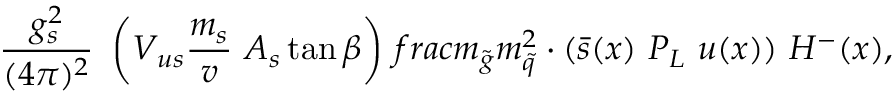
\frac { g _ { s } ^ { 2 } } { ( 4 \pi ) ^ { 2 } } \ \left( V _ { u s } \frac { m _ { s } } { v } \ A _ { s } \tan \beta \right) \, f r a c { m _ { \tilde { g } } } { m _ { \tilde { q } } ^ { 2 } } \cdot ( \bar { s } ( x ) \ P _ { L } \ u ( x ) ) \ H ^ { - } ( x ) ,